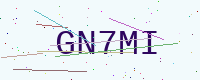
Text: GN7MI